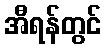
အီရန်တွင်